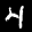
Label: 4